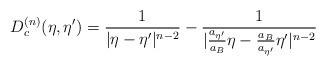
LaTeX: \begin{align*}D_{c}^{(n)}(\eta,{\eta}') = \frac{1}{|{\eta}-{\eta}'|^{n-2}} - \frac{1}{|\frac{a_{{\eta}'}}{a_B}{\eta}-\frac{a_B}{a_{{\eta}'}}{\eta}'|^{n-2}}\end{align*}